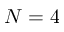
N = 4